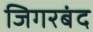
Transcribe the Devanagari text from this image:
जिगरबंद